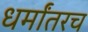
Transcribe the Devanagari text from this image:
धर्मांतरच